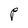
Character: P